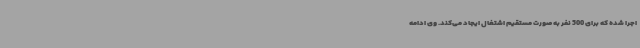
اجرا شده که برای 500 نفر به صورت مستقیم اشتغال ایجاد می‌کند. وی ادامه